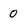
Character: 0